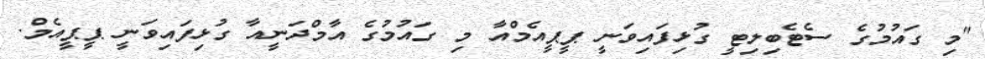
"މި ގައުމުގެ ސެޓެބިލިޓީ ގުޅިފައިވަނީ ޕީޕީއެމްއާ މި ގައުމުގެ އާމްދަނީއާ ގުޅިފައިވަނީ ޕީޕީއެމް.